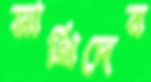
সাথিদের